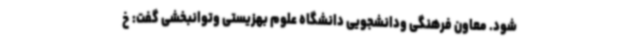
شود. معاون فرهنگی ودانشجویی دانشگاه علوم بهزیستی وتوانبخشی گفت: خ